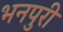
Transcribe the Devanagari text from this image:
भनपुरी